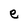
Character: e